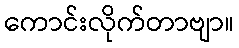
ကောင်းလိုက်တာဗျာ။